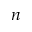
n